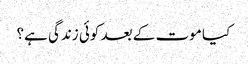
﻿ کیا موت کے بعد کوئی زندگی ہے؟